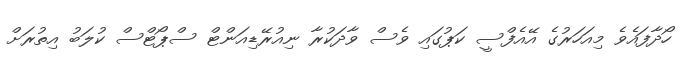
ހޯދާފައެވެ މިއަހަރުގެ އޭއެފްސީ ކަޕުގައި ވެސް ވާދަކުރާ ނިއުރޭޑިއަންޓް ސްޕޯޓްސް ކުލަބު އިތުރަށް